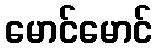
မောင်မောင်